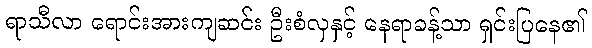
ရာသီလာ ရောင်းအားကျဆင်း ဦးစံလှနှင့် နေရာခန့်သာ ရှင်းပြနေ၏